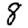
Digit: 8